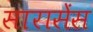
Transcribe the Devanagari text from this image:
सारासेंस